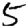
Digit: 5